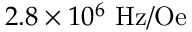
2 . 8 \times 1 0 ^ { 6 } ~ \mathrm { H z / O e }